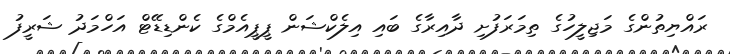
ރައްޔިތުންގެ މަޖިލީހުގެ ތިމަރަފުށި ދާއިރާގެ ބައި އިލެކްޝަން ޕީޕީއެމްގެ ކެންޑިޑޭޓް އަހްމަދު ޝަރީފު